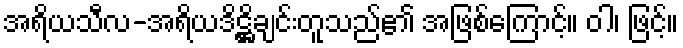
အရိယသီလ-အရိယဒိဋ္ဌိချင်းတူသည်၏ အဖြစ်ကြောင့်။ ဝါ၊ ဖြင့်။